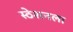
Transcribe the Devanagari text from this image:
स्ठेशनला